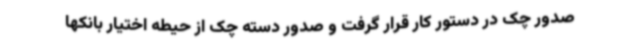
صدور چک در دستور کار قرار گرفت و صدور دسته چک از حیطه اختیار بانکها